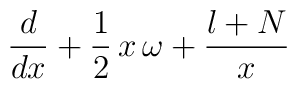
\frac{d}{dx} + \frac{1}{2}\,x\,\omega + \frac{l+N}{x}